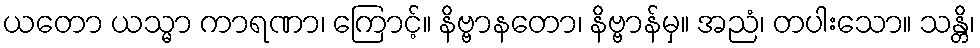
ယတော ယသ္မာ ကာရဏာ၊ ကြောင့်။ နိဗ္ဗာနတော၊ နိဗ္ဗာန်မှ။ အညံ၊ တပါးသော။ သန္တိ၊